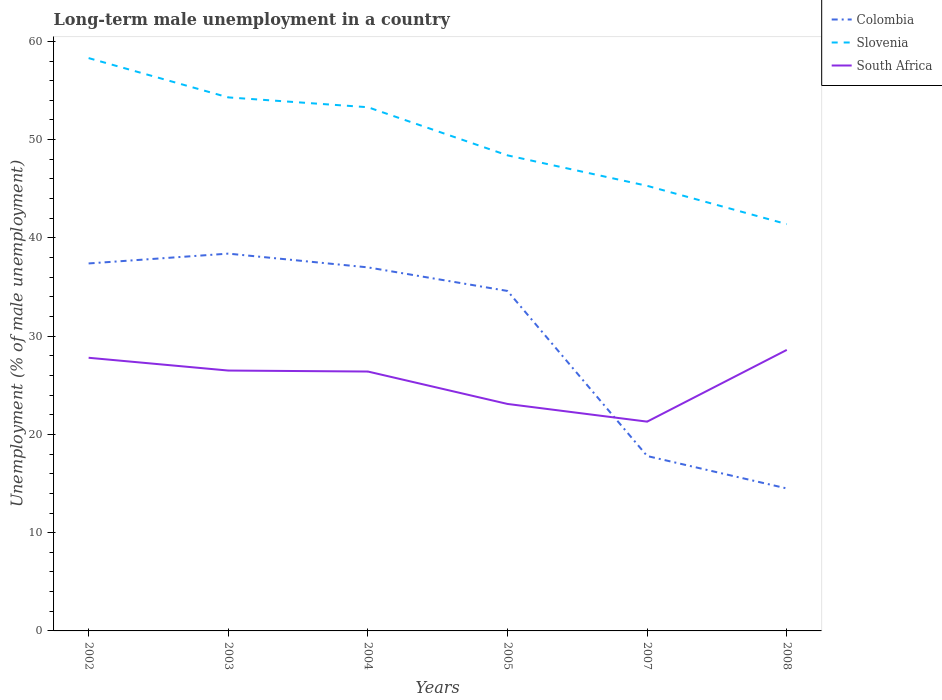
| Years | Colombia | Slovenia | South Africa |
 | --- | --- | --- | --- |
 | 2002 | 37.4 | 58.3 | 27.8 |
 | 2003 | 38.4 | 54.3 | 26.5 |
 | 2004 | 37 | 53.3 | 26.4 |
 | 2005 | 34.6 | 48.4 | 23.1 |
 | 2007 | 17.8 | 45.3 | 21.3 |
 | 2008 | 14.5 | 41.4 | 28.6 |